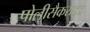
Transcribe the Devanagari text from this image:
पोलीसैकराइड